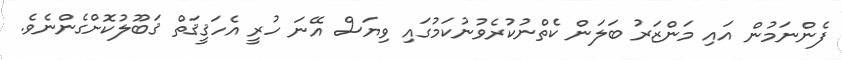
ފެންނަމުން އައި މަންޒަރު ބަލަން ކެތްނުކުރެވުނުކަމުގައި ވިޔަސް އޭނަ ހުރީ އެހަޤީޤަތް ޤަބޫލުކޮށްގެންނެވެ.